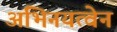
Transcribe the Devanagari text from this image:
अभिनयत्वेन